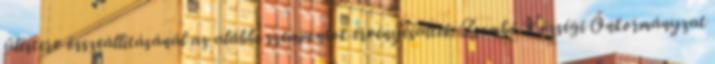
ülésterv összeállításánál az alábbi szempontok érvényesültek: Zsombó Községi Önkormányzat